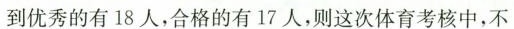
到优秀的有18人，合格的有17人，则这次体育考核中，不